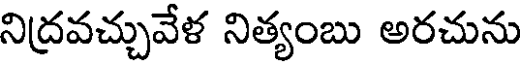
నిద్రవచ్చువేళ నిత్యంబు అరచును